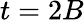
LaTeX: t=2B